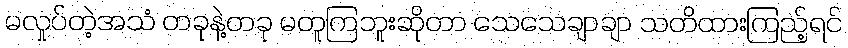
မလှုပ်တဲ့အသံ တခုနဲ့တခု မတူကြဘူးဆိုတာ သေသေချာချာ သတိထားကြည့်ရင်